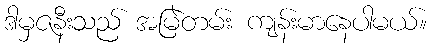
ဒါမှဇနီးသည် အမြဲတမ်း ကျန်းမာနေပါမယ်။